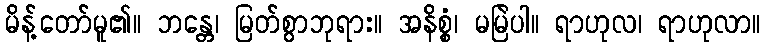
မိန့်တော်မူ၏။ ဘန္တေ၊ မြတ်စွာဘုရား။ အနိစ္စံ၊ မမြဲပါ။ ရာဟုလ၊ ရာဟုလာ။